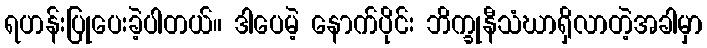
ရဟန်းပြုပေးခဲ့ပါတယ်။ ဒါပေမဲ့ နောက်ပိုင်း ဘိက္ခုနီသံဃာရှိလာတဲ့အခါမှာ